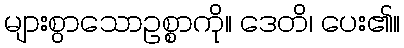
များစွာသောဥစ္စာကို။ ဒေတိ၊ ပေး၏။